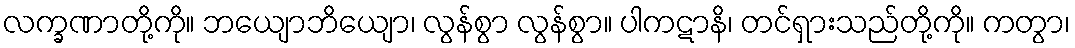
လက္ခဏာတို့ကို။ ဘယျောဘိယျော၊ လွန်စွာ လွန်စွာ။ ပါကဋာနိ၊ တင်ရှားသည်တို့ကို။ ကတွာ၊